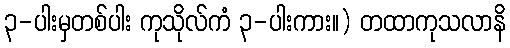
၃-ပါးမှတစ်ပါး ကုသိုလ်ကံ ၃-ပါးကား။) တထာကုသလာနိ